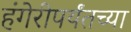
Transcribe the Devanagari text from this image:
हंगेरीपर्यंतच्या